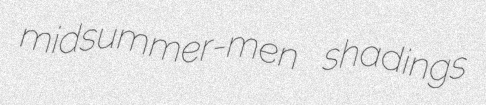
midsummer-men shadings